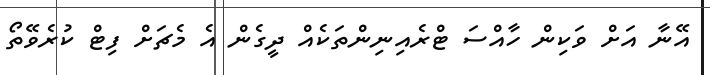
އޭނާ އަށް ވަކިން ހާއްސަ ޓްރެއިނިންތަކެއް ދީގެން އެ މެޗަށް ފިޓް ކުރެވޭތޯ